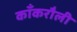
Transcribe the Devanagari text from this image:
काँकरौली